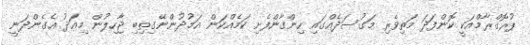
ޕުރޮގްރާމްއަކީ ކޮންފަދަ މަތިވެރި މަގުސަދެއްގައި ހިންގާންފެށި ކަމެއްކަން އަމުދުންނޭގިތިބި ޖާހިލުން މިއަދު އެގެންދަނީ